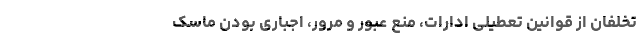
تخلفان از قوانین تعطیلی ادارات، منع عبور و مرور، اجباری بودن ماسک